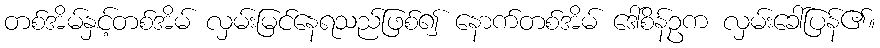
တစ်အိမ်နှင့်တစ်အိမ် လှမ်းမြင်နေရသည်ဖြစ်၍ နောက်တစ်အိမ် ဒေါ်စိန်ဥက လှမ်းခေါ်ပြန်၏။